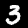
Digit: 3